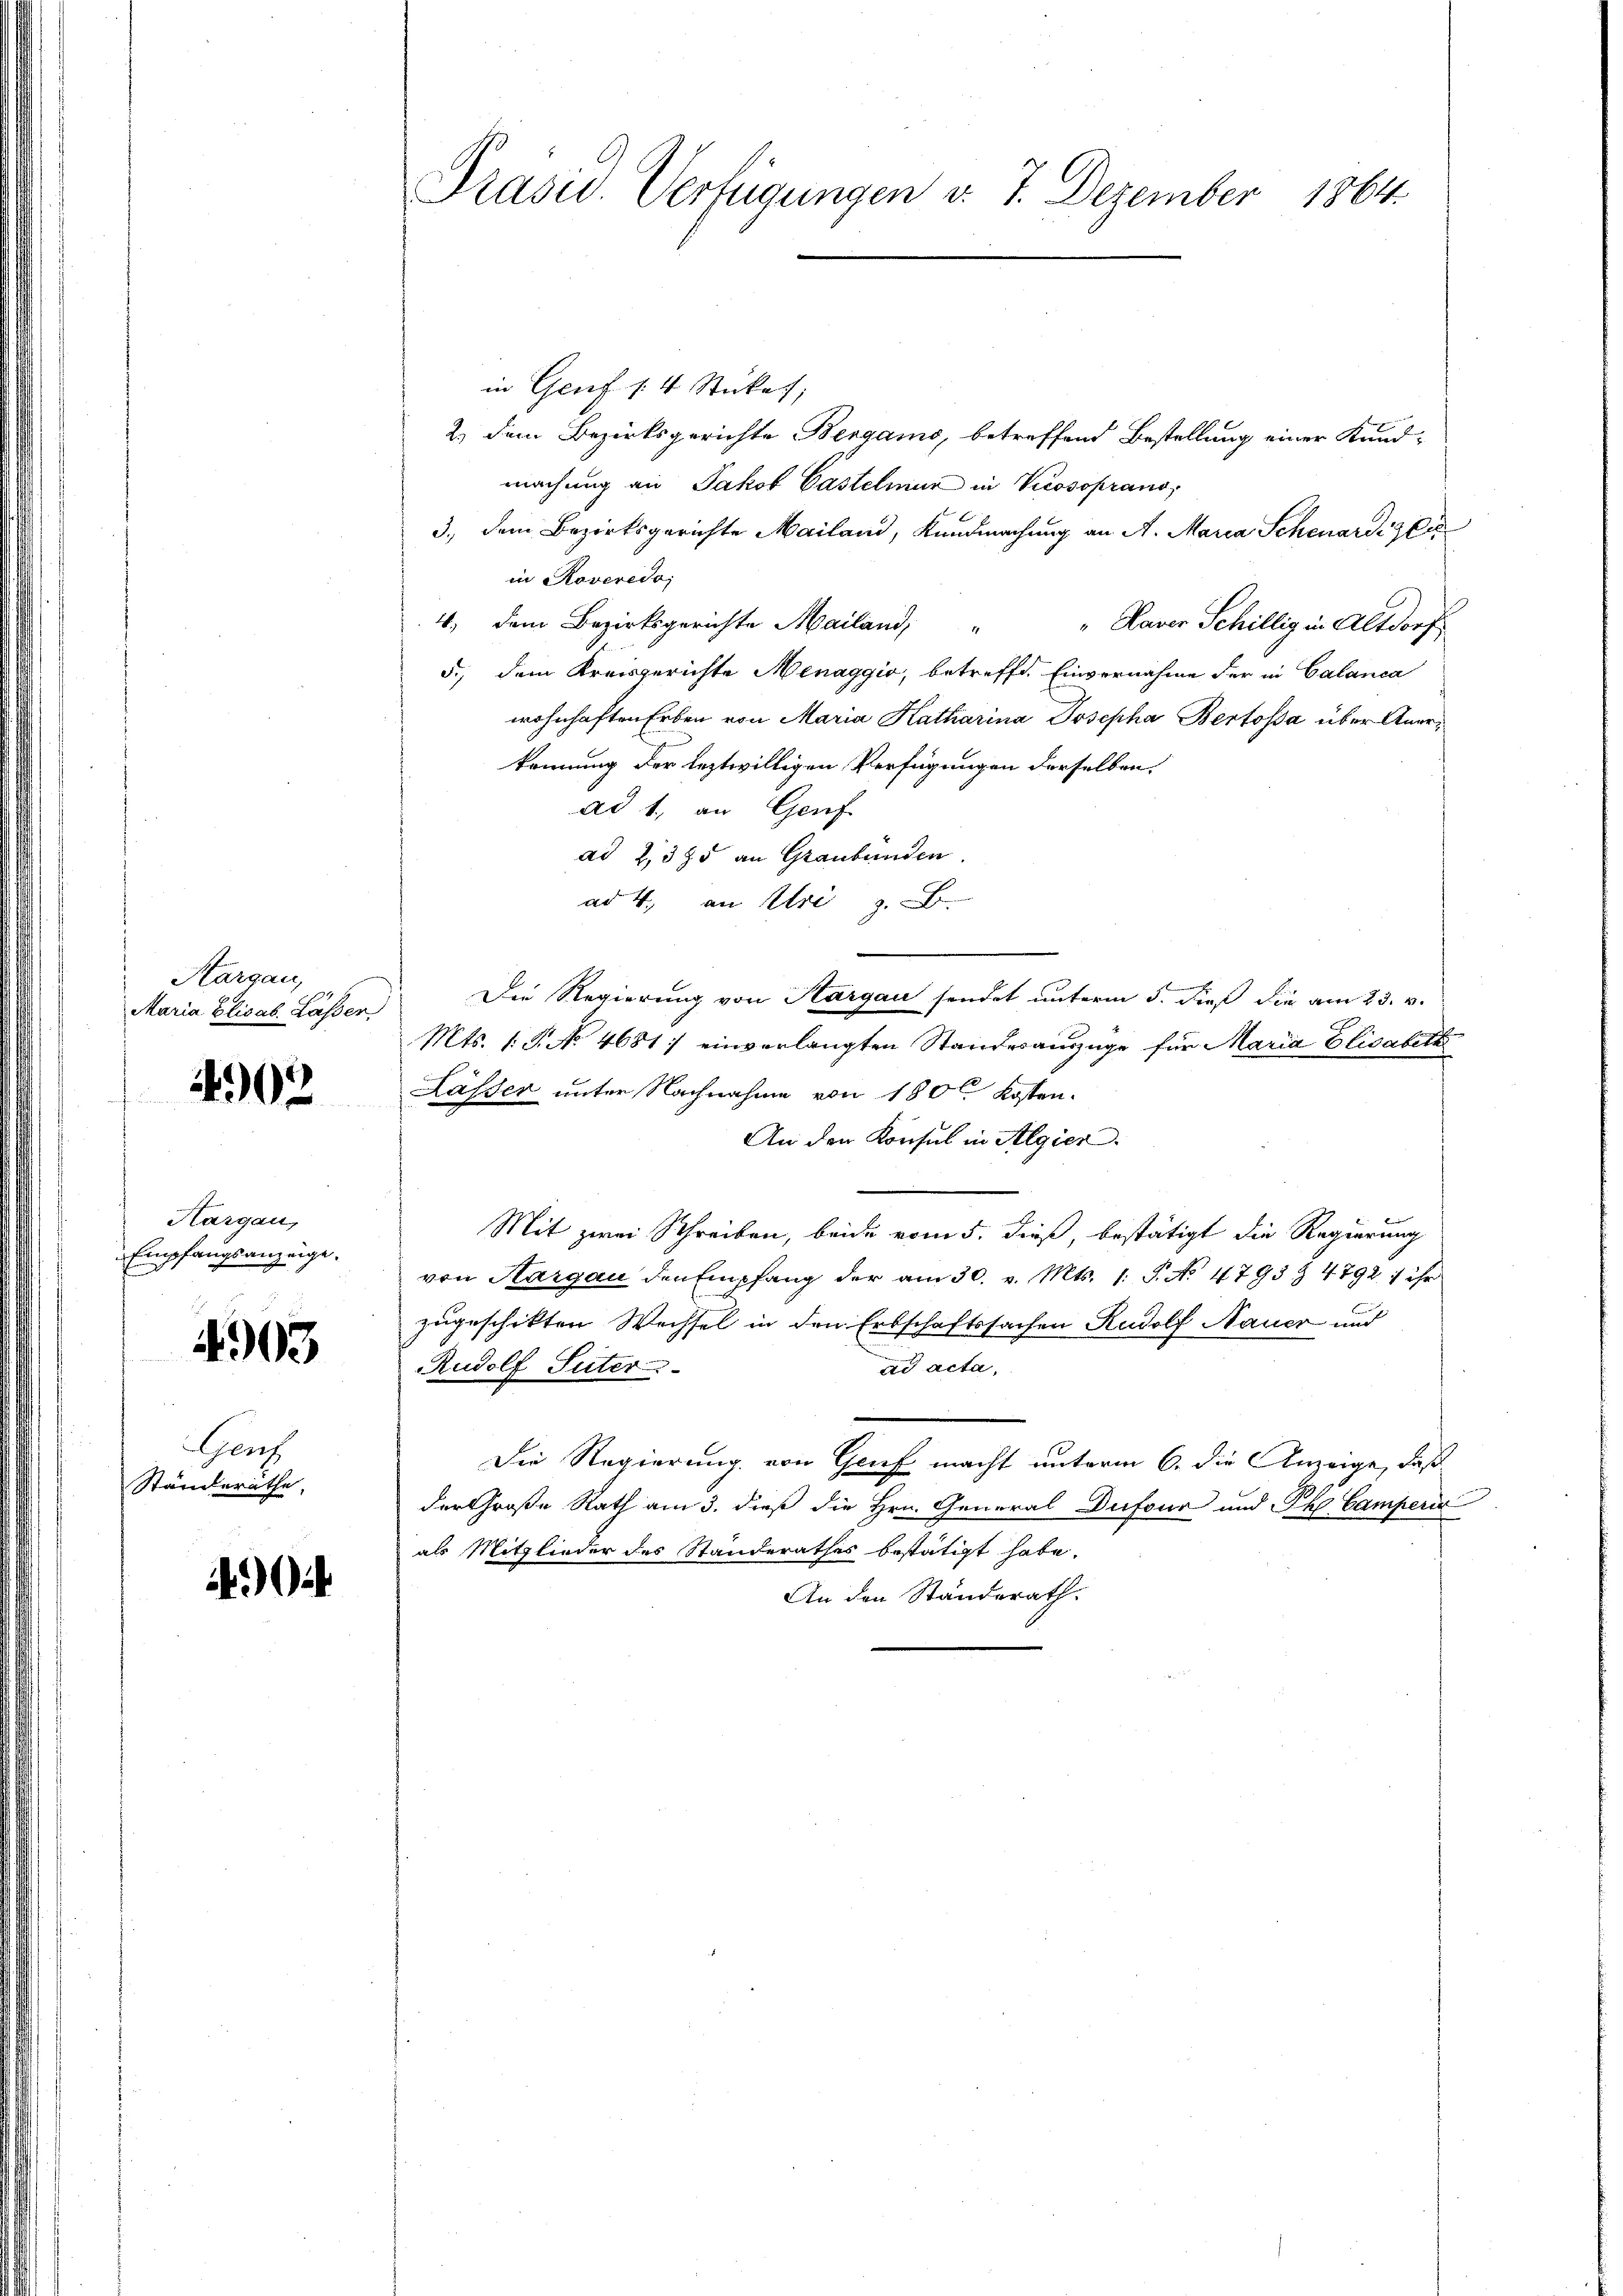
Kargau,
Maria Elisab. Lasser
4902

Hargau,
Empfangsanzeige.

4903

Genz
Ständeräthe,

40

Präsid. Verfügungen v. 7. Dezember 1864.

in Genf s. 4 Stükes,
2.) Dem Bezirksgerichte Bergamo, betreffend Bestellung einer Kundmachung an Jakob Castelmur in Vilosoprano,
3., dem Bezirksgerichte Mailand, Kundmachung an A. Maria Schenardi ge
in Roveredo,
4) dem Bezirksgerichte Mailand,
"Haver Schillig in Altdorf
5.) dem Kreisgerichte Menaggio, betreffe. Einvernahme der in Calanca
wohnhaften Erben von Maria Katharina Josepha Bertosa über Anerkennung der leztwilligen Verfügungen derselben,
ad 1, an Genf
ad 2, 325 an Graubünden.
ad 4. an Uri z. B.
Die Regierung von Sargau sendet unterm 5. dieß die am 23. v.
Mts. 1. P. No. 4681: einverlangten Standesauszüge für Maria Elisabeth
Lässer unter Nachnahme von 1800 Kosten.
An der Konsul in Algier
Mit zwei Schreiben, beide vom 5. dieß, bestätigt die Regierung
von Aargau den Empfang der am 30. v. Mts. 1. P. No 4793 § 4792 : ihr
zugeschikten Wechsel in den Erbschaftssachen Rudolf Nauer und
Rudolf Suter
ad acta,
Die Regierung von Genf macht unterm 6. die Anzeige, daß
der Große Rath am 3. dieß die Hrn. General Dufour und Ph. Camperi
als Mitglieder des Standerathes bestätigt habe.
An den Ständerath.